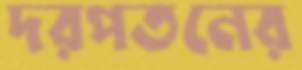
দরপতনের